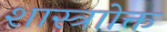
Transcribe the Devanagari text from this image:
शास्त्राोक्त